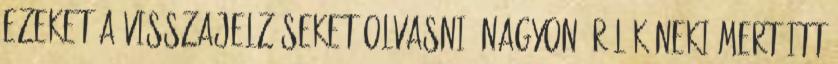
ezeket a visszajelzéseket olvasni. Nagyon örülök neki mert itt